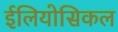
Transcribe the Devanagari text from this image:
ईलियोसिकल